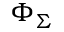
\Phi _ { \Sigma }